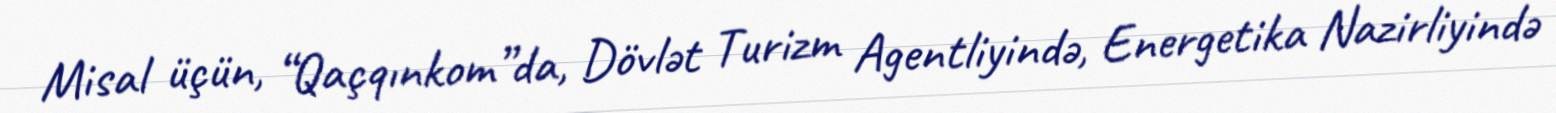
Misal üçün, “Qaçqınkom”da, Dövlət Turizm Agentliyində, Energetika Nazirliyində